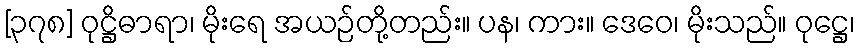
[၃၇၈] ဝုဋ္ဌိဓာရာ၊ မိုးရေ အယဉ်တို့တည်း။ ပန၊ ကား။ ဒေဝေ၊ မိုးသည်။ ဝုဋ္ဌေ၊